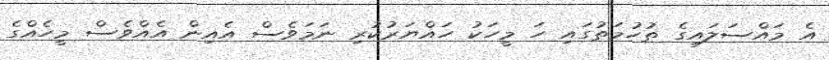
އެ މައްސަލައިގެ ތުހުމަތުގައި ހަ މީހަކު ހައްޔަރުކުރި ނަމަވެސް އެއިން އެއްވެސް މީހެއްގެ